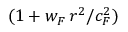
( 1 + w _ { F } \, r ^ { 2 } / c _ { F } ^ { 2 } )